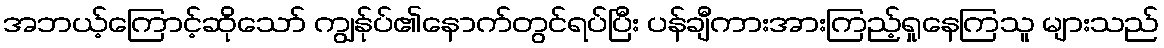
အဘယ့်ကြောင့်ဆိုသော် ကျွန်ုပ်၏နောက်တွင်ရပ်ပြီး ပန်ချီကားအားကြည့်ရှုနေကြသူ များသည်